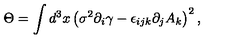
\Theta = \int d ^ { 3 } x \left( \sigma ^ { 2 } \partial _ { i } \gamma - \epsilon _ { i j k } \partial _ { j } A _ { k } \right) ^ { 2 } ,